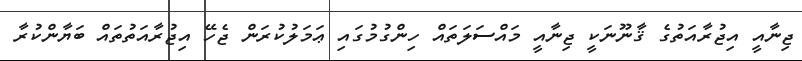
ޖިނާއީ އިޖުރާއަތުގެ ޤާނޫނަކީ ޖިނާއީ މައްސަލަތައް ހިންގުމުގައި ޢަމަލުކުރަން ޖެހޭ އިޖުރާއަތުތައް ބަޔާންކުރާ